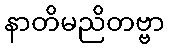
နာတိမညိတဗ္ဗာ